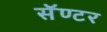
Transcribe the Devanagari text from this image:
सॅण्टर